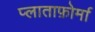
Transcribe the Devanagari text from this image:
प्लाताफ़ोर्मा